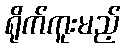
ရိုက်ကူးမည့်